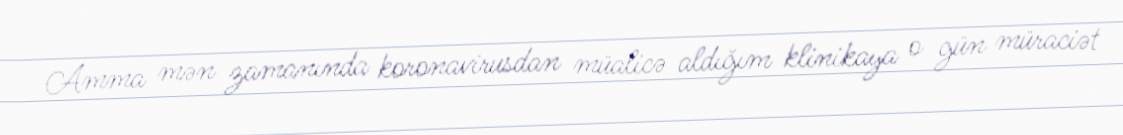
Amma mən zamanında koronavirusdan müalicə aldığım klinikaya o gün müraciət